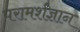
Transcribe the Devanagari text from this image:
परामर्शज्ञान